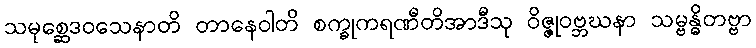
သမုစ္ဆေဒဝသေနာတိ တာနေဝါတိ စက္ခုကရဏီတိအာဒီသု ဝိဇ္ဇုဝဗ္ဘဃနာ သမ္ဗန္ဓိတဗ္ဗာ